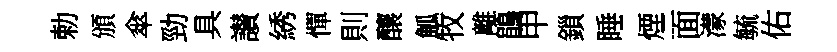
勅頒傘勁具讃綉憚則釀觚牧離鵑甲鎻睡煙面濛毓佑